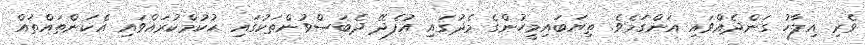
ވެރި އިލާހު ގަންދެއްވައި އަންގަމެވެ. ތިޔަބައިމީހުންގެ މެދުގައި އުފެދޭ ދެބަސްވުންތަކުގައި ޙުކުމްކުރައްވައި އެކަންތައްތައް